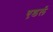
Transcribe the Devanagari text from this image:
एडर्ल